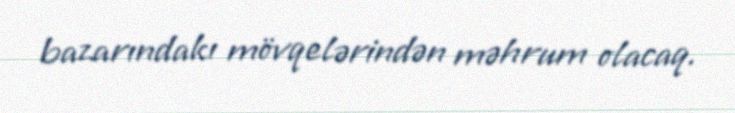
bazarındakı mövqelərindən məhrum olacaq.